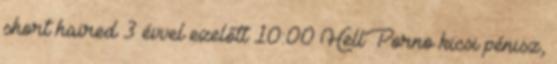
short haired 3 évvel ezelőtt 10:00 HellPorno kicsi pénisz,